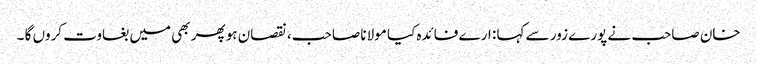
خان صاحب نے پورے زور سے کہا : ارے فائدہ کیا مولانا صاحب ، نقصان ہو پھر بھی میں بغاوت کروں گا ۔